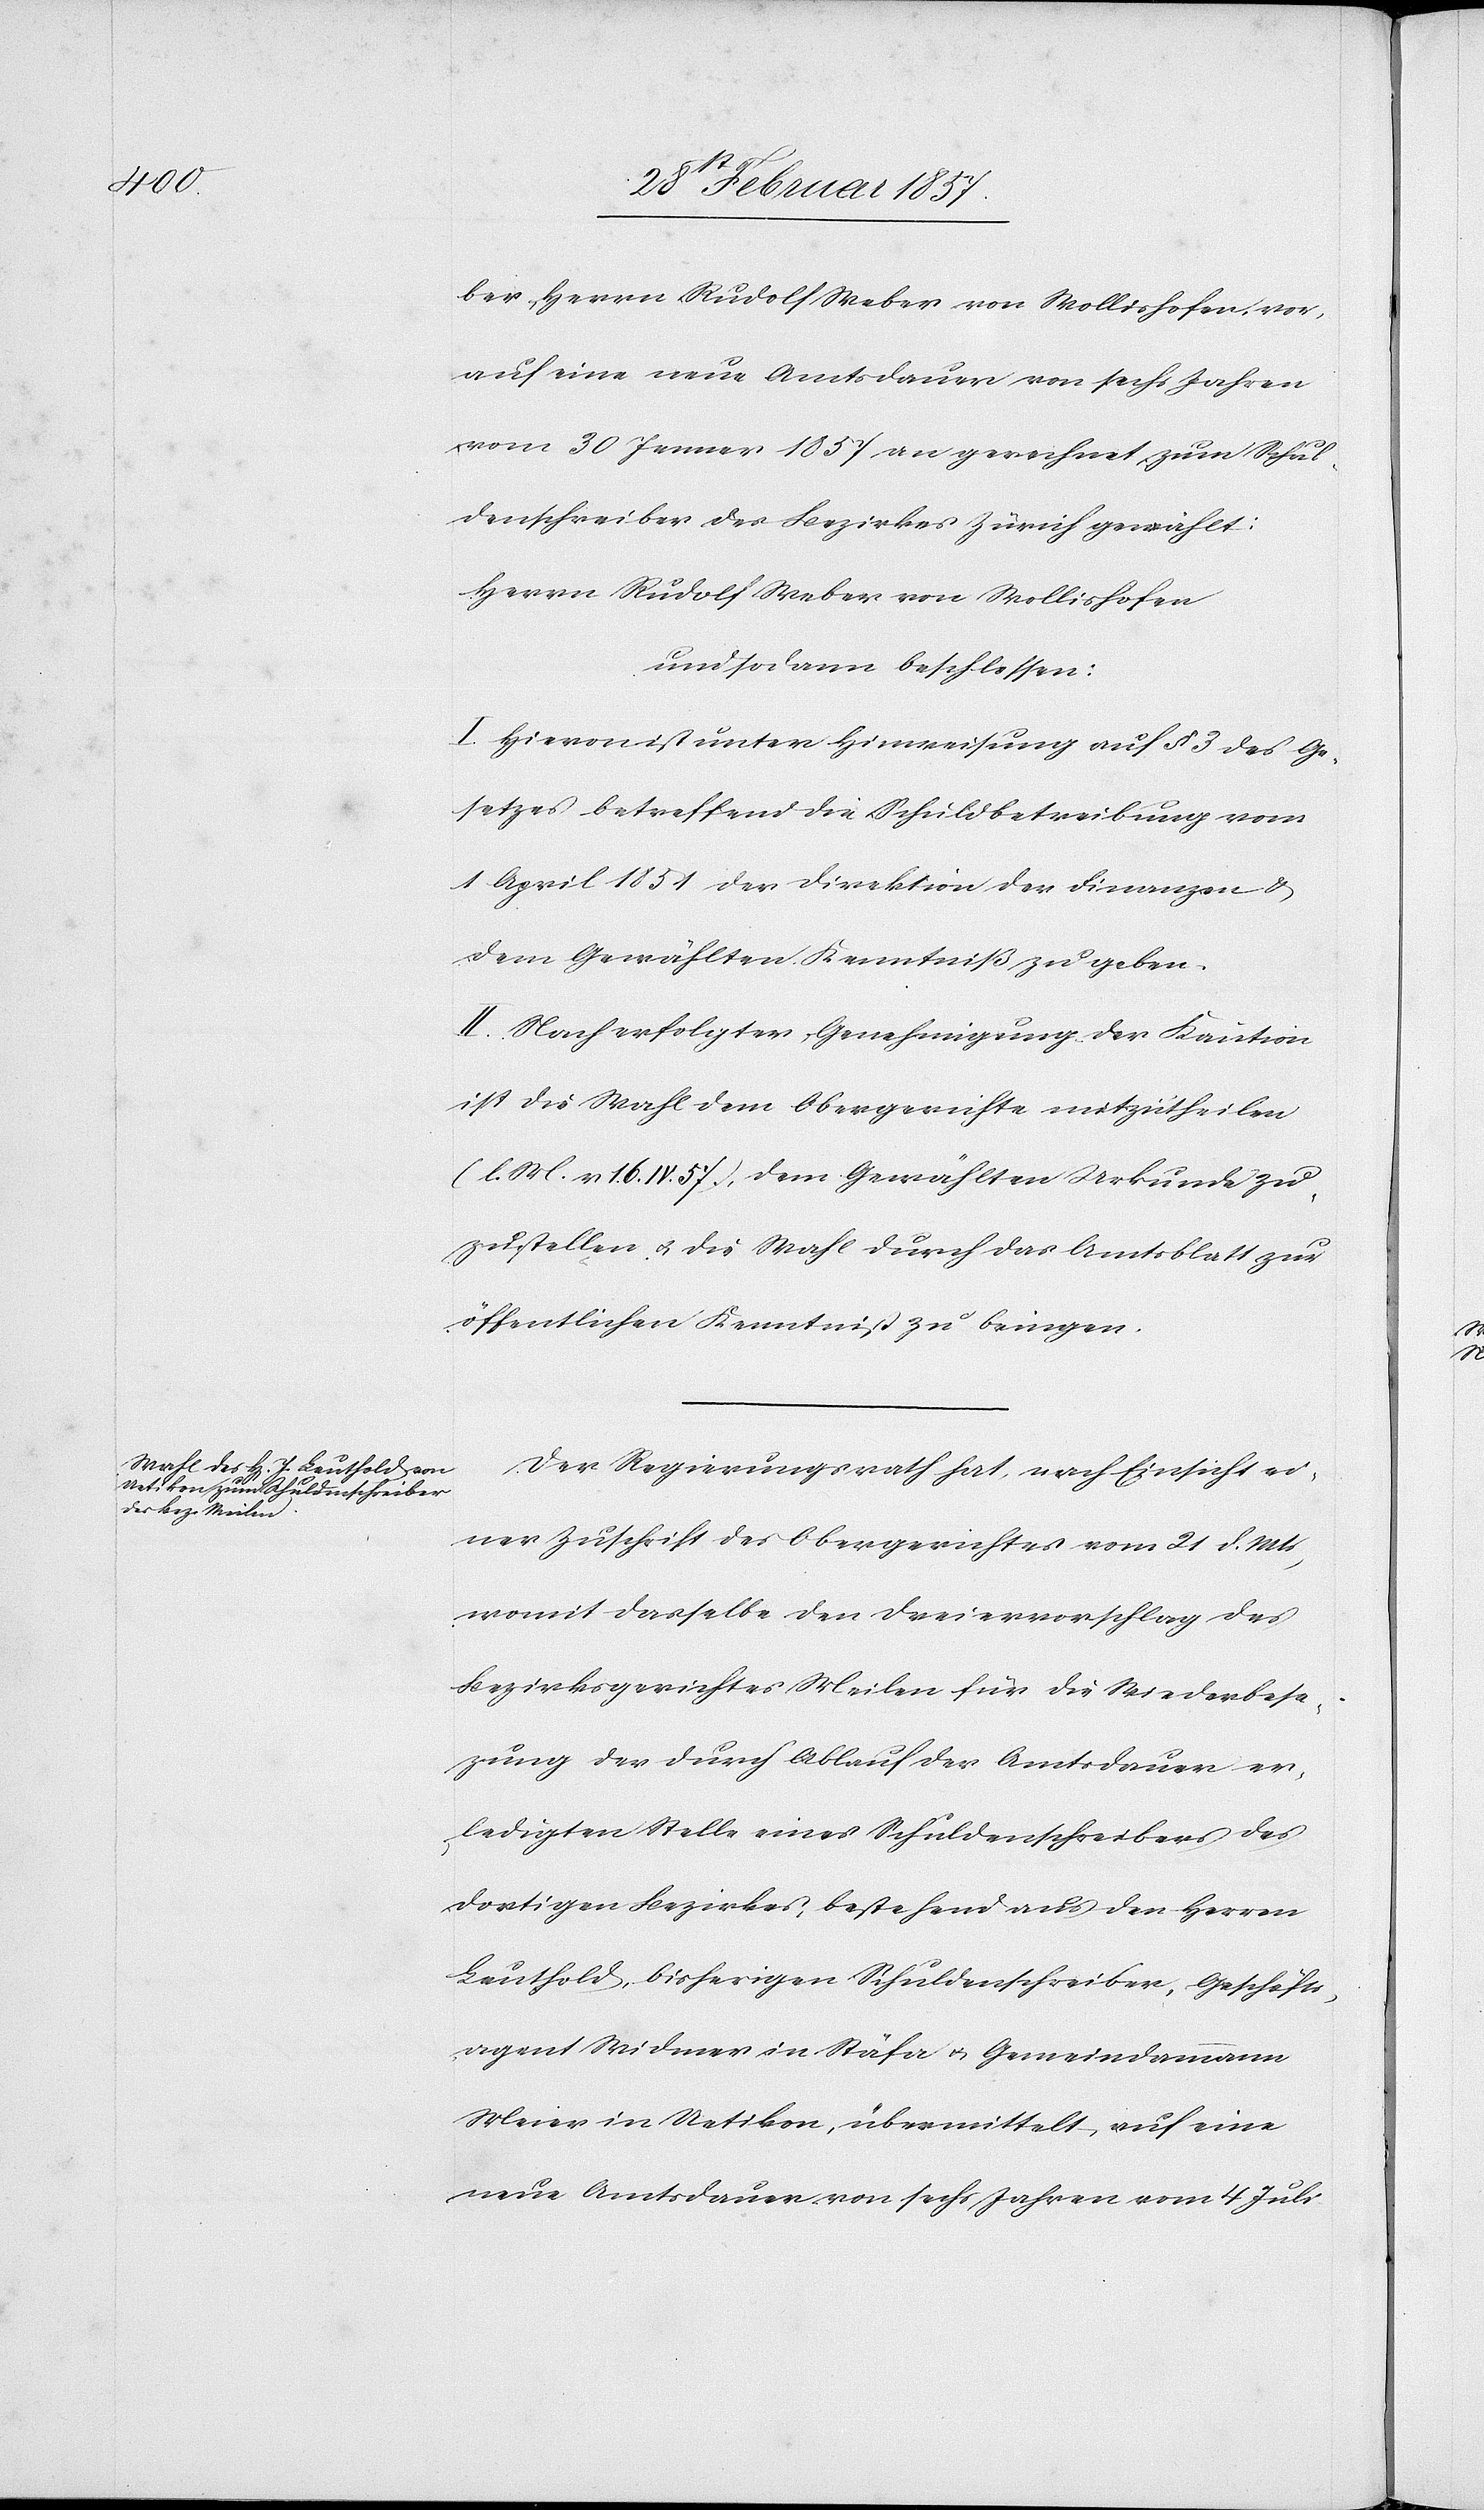
ber, Herrn Rudolf Weber von Wollishofen, vor,
auf eine neue Amtsdauer von sechs Jahren
vom 30 Jenner 1857 an gerechnet, zum Schul¬
denschreiber des Bezirkes Zürich gewählt:
Herrn Rudolf Weber von Wollishofen
und sodann beschlossen:
I. Hievon ist unter Hinweisung auf § 3 des Ge¬
setzes betreffend die Schuldbetreibung vom
1 April 1851 der Direktion der Finanzen u.
dem Gewählten Kenntniß zu geben.
II. Nach erfolgter Genehmigung der Kaution
ist die Wahl dem Obergerichte mitzutheilen
(l. M. v 16. IV. 57), dem Gewählten Urkunde zu¬
zustellen u. die Wahl durch das Amtsblatt zur
öffentlichen Kenntniß zu bringen.
Der Regierungsrath hat, nach Einsicht ei¬
ner Zuschrift des Obergerichtes vom 21 d. Mts,
womit dasselbe den Dreiervorschlag des
Bezirksgerichts Meilen für die Wiederbese¬
zung der durch Ablauf der Amtsdauer er¬
ledigten Stelle eines Schuldenschreibers des
dortigen Bezirkes, bestehend aus den Herren
Leuthold, bisherigen Schuldenschreiber, Geschäfts¬
agent Widmer in Stäfa u. Gemeindammann
Meier in Uetikon, übermittelt, auf eine
neue Amtsdauer von sechs Jahren vom 4 Juli